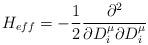
LaTeX: \begin{align*}H_{eff} = -\frac{1}{2} \frac{ \partial^{2}}{\partial D_{i}^{\mu}\partial D_{i}^{\mu}}\end{align*}